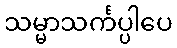
သမ္မာသင်္ကပ္ပါပေ